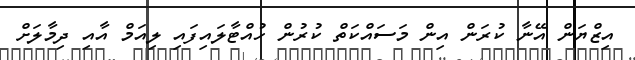
އިޒްޔަން އޭނާ ކުރަން އިން މަސައްކަތް ކުރުން ހުއްޓާލައިފައި ލިއަމް އާއި ދިމާލަށް